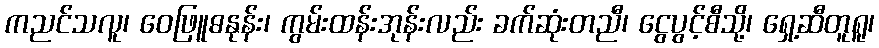
ကညင်သလူ၊ ဝေဖြူဓနုန်း၊ ကွမ်းထန်းအုန်းလည်း ခက်ဆုံးတညီ၊ ငွေပွင့်စီသို့၊ ရှေ့ဆီတူရူ၊